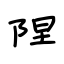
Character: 陧